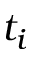
t _ { i }